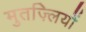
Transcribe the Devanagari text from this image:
मुतज़्लियों